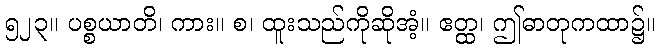
၅၂၃။ ပစ္စယာတိ၊ ကား။ စ၊ ထူးသည်ကိုဆိုအံ့။ ဧတ္ထ၊ ဤဓာတုကထာ၌။